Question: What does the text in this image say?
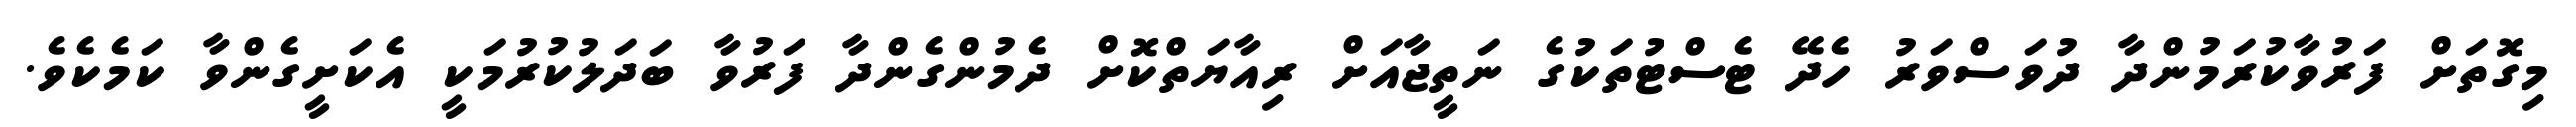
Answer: މިގޮތަށް ފަރުވާކުރަމުންދާ ދުވަސްވަރު ހެދޭ ޓެސްޓުތަކުގެ ނަތީޖާއަށް ރިއާޔަތްކޮށް ދެމުންގެންދާ ފަރުވާ ބަދަލުކުރުމަކީ އެކަށީގެންވާ ކަމެކެވެ.